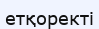
етқоректі